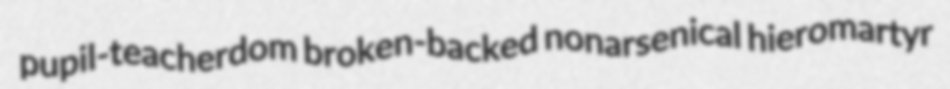
pupil-teacherdom broken-backed nonarsenical hieromartyr